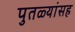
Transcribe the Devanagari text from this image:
पुतळ्यांसह